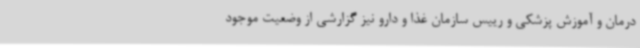
درمان و آموزش پزشکی و رییس سازمان غذا و دارو نیز گزارشی از وضعیت موجود